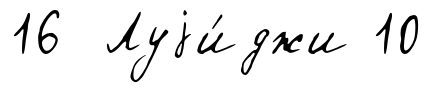
16 Луjи́джи 10